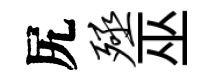
尻殛巫